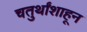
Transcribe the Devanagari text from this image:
चतुर्थांशाहून